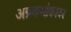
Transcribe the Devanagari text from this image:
अग्रकमांकावर